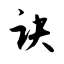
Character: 诀